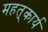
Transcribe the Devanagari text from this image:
महत्‌कार्य